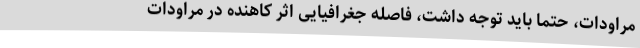
مراودات، حتما باید توجه داشت، فاصله جغرافیایی اثر کاهنده در مراودات